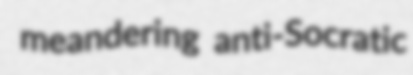
meandering anti-Socratic